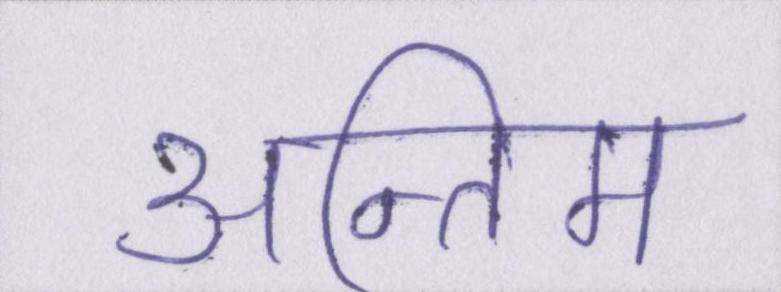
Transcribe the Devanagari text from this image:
अन्तिम